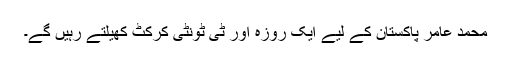
محمد عامر پاکستان کے لیے ایک روزہ اور ٹی ٹونٹی کرکٹ کھیلتے رہیں گے۔